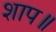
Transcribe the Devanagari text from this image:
शाप॥